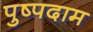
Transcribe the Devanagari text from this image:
पुष्पदाम